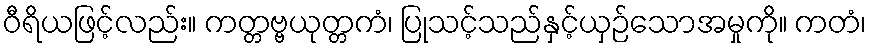
ဝီရိယဖြင့်လည်း။ ကတ္တဗ္ဗယုတ္တကံ၊ ပြုသင့်သည်နှင့်ယှဉ်သောအမှုကို။ ကတံ၊